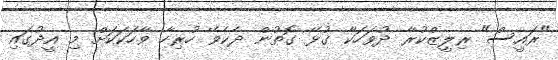
"ރައީސް" ރިލީޒްކުރާ ދުވަހަކާ ގުޅޭ ގޮތުން ދެކެވޭ ހުރިހާ ވާހަކަކަށް މި އީދުގައި